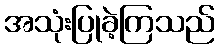
အသုံးပြုခဲ့ကြသည်